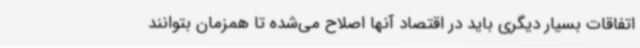
اتفاقات بسیار دیگری باید در اقتصاد آنها اصلاح می‌شده تا همزمان بتوانند